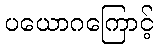
ပယောဂကြောင့်